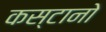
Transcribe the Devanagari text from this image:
कस्टानो